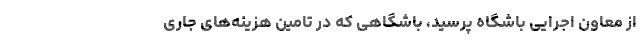
از معاون اجرایی باشگاه پرسید، باشگاهی که در تامین هزینه‌های جاری